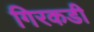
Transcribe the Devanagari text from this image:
गिरकडी